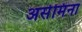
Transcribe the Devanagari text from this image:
असेमिना